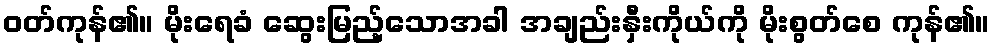
ဝတ်ကုန်၏။ မိုးရေခံ ဆွေးမြည့်သောအခါ အချည်းနှီးကိုယ်ကို မိုးစွတ်စေ ကုန်၏။